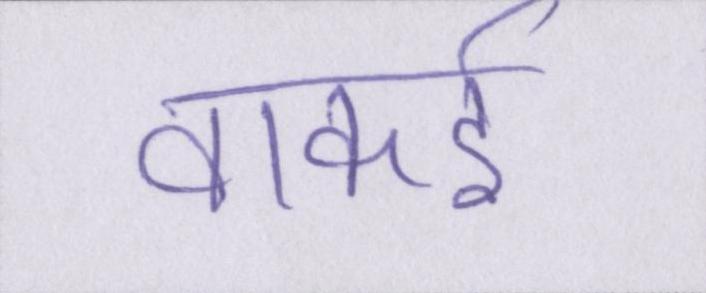
वाकई